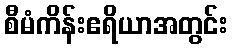
စီမံကိန်းဧရိယာအတွင်း